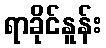
ရာခိုင်နူန်း